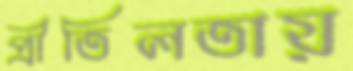
প্রীতিলতায়